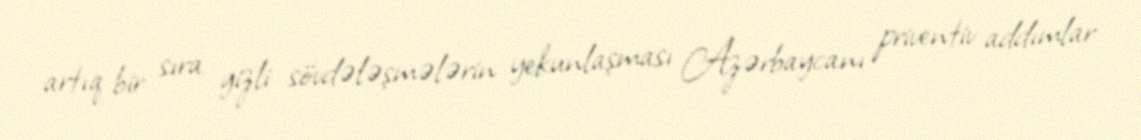
artıq bir sıra gizli sövdələşmələrin yekunlaşması Azərbaycanı priventiv addımlar